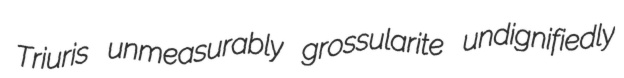
Triuris unmeasurably grossularite undignifiedly